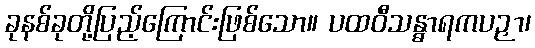
ခုနစ်ခုတို့ပြည့်ကြောင်းဖြစ်သော။ ပထဝီသန္ဓာရကပဉှာ၊